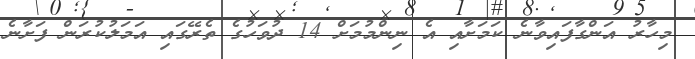
މިހާރު އަންގާފައިވާނެ ކަމަށާއި އެ ނިންމުމަށް 14 ދުވަހުގެ ތެރޭގައި އަމަލުކުރަން ފަށާނެ